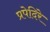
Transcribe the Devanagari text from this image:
प्रपेदिरे